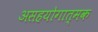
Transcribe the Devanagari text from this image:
असहयोगात्मक